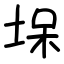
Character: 㙅